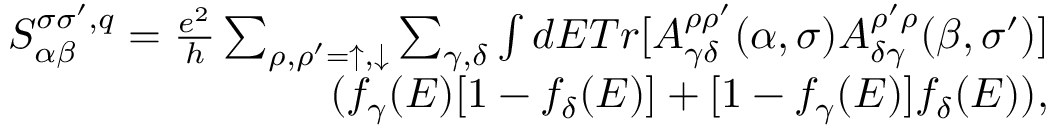
\begin{array} { r } { S _ { \alpha \beta } ^ { \sigma \sigma ^ { \prime } , q } = \frac { e ^ { 2 } } { h } \sum _ { \rho , \rho ^ { \prime } = \uparrow , \downarrow } \sum _ { \gamma , \delta } \int d E T r [ A _ { \gamma \delta } ^ { \rho \rho ^ { \prime } } ( \alpha , \sigma ) A _ { \delta \gamma } ^ { \rho ^ { \prime } \rho } ( \beta , \sigma ^ { \prime } ) ] } \\ { ( f _ { \gamma } ( E ) [ 1 - f _ { \delta } ( E ) ] + [ 1 - f _ { \gamma } ( E ) ] f _ { \delta } ( E ) ) , } \end{array}